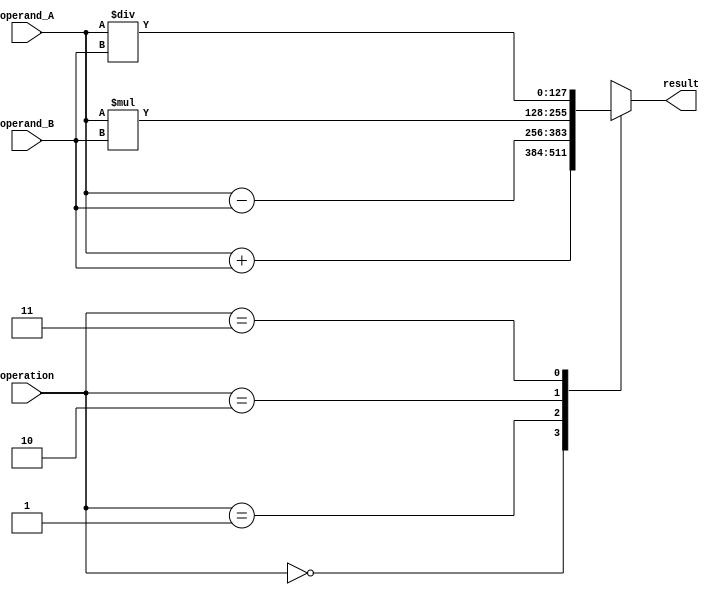
module quad_float_arithmetic (
    input [127:0] operand_A,
    input [127:0] operand_B,
    input [1:0] operation,
    output reg [127:0] result
);

always @(*) begin
    case(operation)
        2'b00: result = operand_A + operand_B;
        2'b01: result = operand_A - operand_B;
        2'b10: result = operand_A * operand_B;
        2'b11: result = operand_A / operand_B;
    endcase
end

endmodule